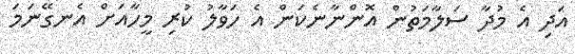
އަދި އެ މުދާ ސަލާމަތުން އޮންނާނެކަން އެ ހަވާލު ކުރި މީހާއަށް އެނގޭނަމަ